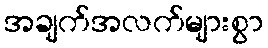
အချက်အလက်များစွာ